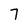
Character: 7